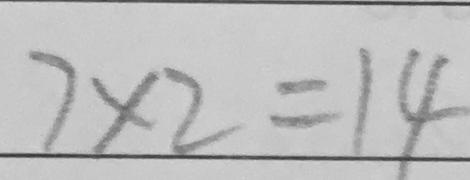
7 \times 2 = 1 4